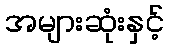
အများဆုံးနှင့်